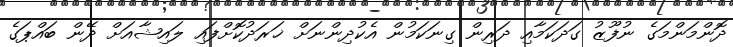
ދޮންމަންމަގެ ނުފޫޒު ގަދަކަމާއި ދަރިން ގިނަކަމުން އެކުދިންނަށް ޚަރަދުކޮށްފައި ލައިޝާއަށް ދޭން ބައްޕަގެ